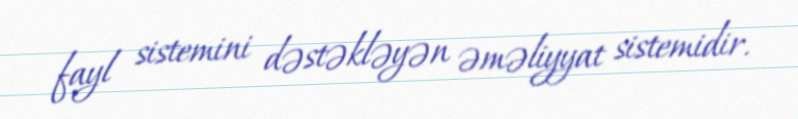
fayl sistemini dəstəkləyən əməliyyat sistemidir.